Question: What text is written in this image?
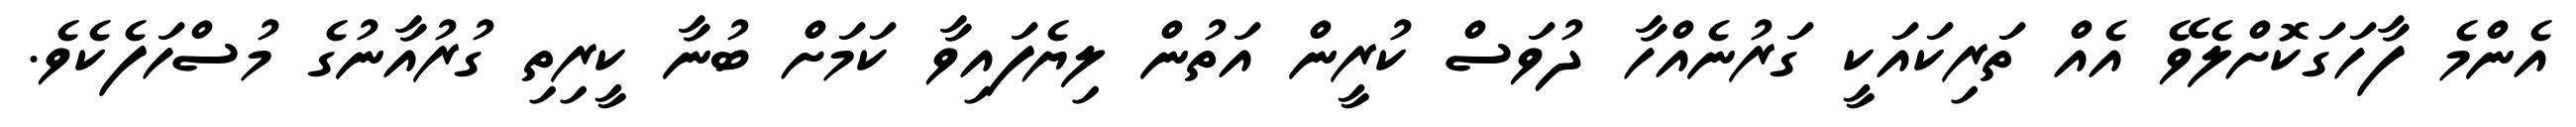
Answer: އެންމެ ފާހަގަކޮށްލެވޭ އެއް ތަރިކައަކީ ގަރުނެއްހާ ދުވަސް ކުރީން އަތުން ލިޔެފައިވާ ކަމަށް ބުނާ ކީރިތި ގުރުއާނުގެ މުސްހަފެކެވެ.